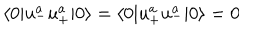
\langle 0 | u _ { - } ^ { a } u _ { + } ^ { a } | 0 \rangle = \langle 0 | u _ { + } ^ { a } u _ { - } ^ { a } | 0 \rangle = 0